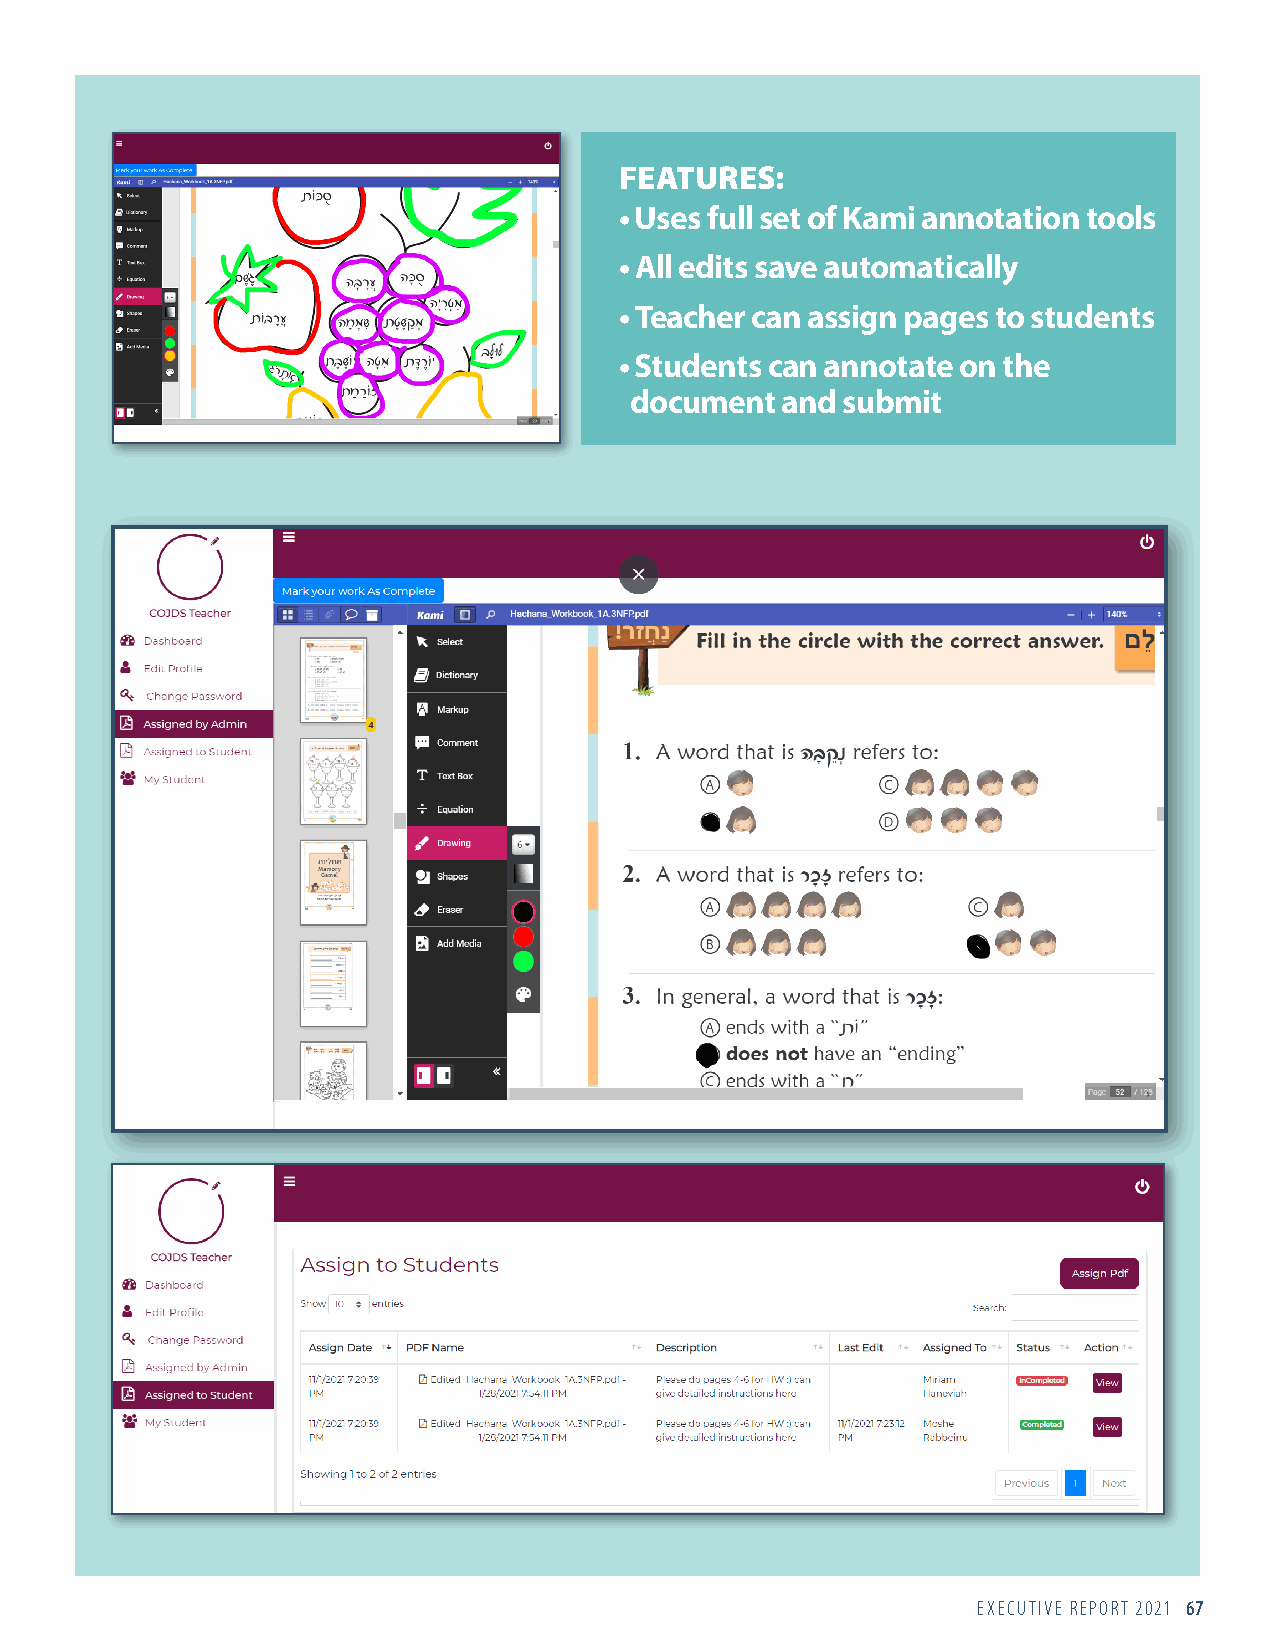
FEATURES:
 • Uses full set of Kami annotation tools
 • All edits save automatically
 • Teacher can assign pages to students
 • Students can annotate on the
 document  and submit
 EXECUTIVE REPORT 2021 67